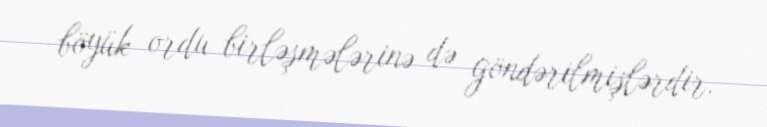
böyük ordu birləşmələrinə də göndərilmişlərdir.